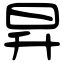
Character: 昇